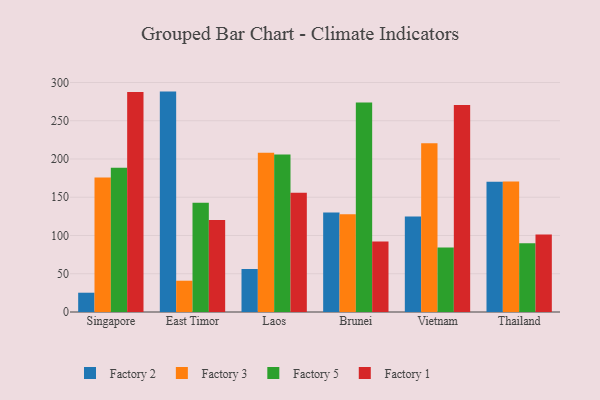
{"axis": {"x": "Country", "y": "Bounce Rate (%)"}, "legend": ["Factory 1", "Factory 2", "Factory 3", "Factory 5"], "data": [{"x": "Singapore", "y": 25.2, "type": "Factory 2"}, {"x": "Singapore", "y": 175.9, "type": "Factory 3"}, {"x": "Singapore", "y": 188.5, "type": "Factory 5"}, {"x": "Singapore", "y": 287.7, "type": "Factory 1"}, {"x": "East Timor", "y": 288.1, "type": "Factory 2"}, {"x": "East Timor", "y": 40.9, "type": "Factory 3"}, {"x": "East Timor", "y": 142.9, "type": "Factory 5"}, {"x": "East Timor", "y": 120.4, "type": "Factory 1"}, {"x": "Laos", "y": 56.2, "type": "Factory 2"}, {"x": "Laos", "y": 208.3, "type": "Factory 3"}, {"x": "Laos", "y": 206.0, "type": "Factory 5"}, {"x": "Laos", "y": 156.0, "type": "Factory 1"}, {"x": "Brunei", "y": 130.0, "type": "Factory 2"}, {"x": "Brunei", "y": 127.7, "type": "Factory 3"}, {"x": "Brunei", "y": 273.8, "type": "Factory 5"}, {"x": "Brunei", "y": 92.3, "type": "Factory 1"}, {"x": "Vietnam", "y": 124.9, "type": "Factory 2"}, {"x": "Vietnam", "y": 220.6, "type": "Factory 3"}, {"x": "Vietnam", "y": 84.4, "type": "Factory 5"}, {"x": "Vietnam", "y": 270.7, "type": "Factory 1"}, {"x": "Thailand", "y": 170.1, "type": "Factory 2"}, {"x": "Thailand", "y": 170.6, "type": "Factory 3"}, {"x": "Thailand", "y": 89.9, "type": "Factory 5"}, {"x": "Thailand", "y": 101.3, "type": "Factory 1"}]}